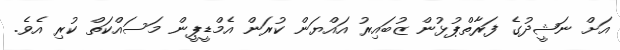
އަށް ނަޝީދުގެ ފަރާތްޕުޅުން ޒުބައިރު އައްޔަން ކުރަން އެމްޑީޕީން މަސައްކަތް ކުރި އެވެ.